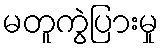
မတူကွဲပြားမှု